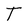
Character: T